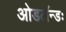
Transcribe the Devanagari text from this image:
ओडलॅन्डः